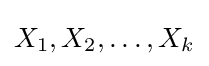
X_{1},X_{2},\dots ,X_{k}